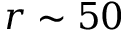
r \sim 5 0